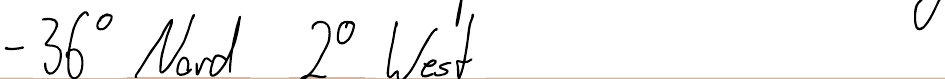
- 36° Nord  2° West